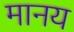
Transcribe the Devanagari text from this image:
मानय